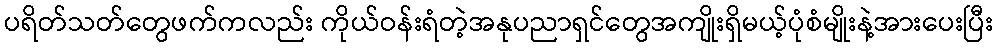
ပရိတ်သတ်တွေဖက်ကလည်း ကိုယ်ဝန်းရံတဲ့အနုပညာရှင်တွေအကျိုးရှိမယ့်ပုံစံမျိုးနဲ့အားပေးပြီး